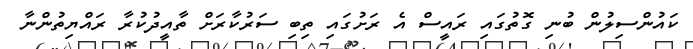
ކައުންސިލުން ބުނި ގޮތުގައި ރައީސް އެ ރަށުގައި ތިބި ސަރުކާރަށް ތާއީދުކުރާ ރައްޔިތުންނާ